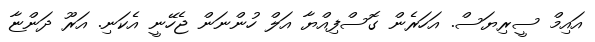
އައިމް ސީރިޔަސް. އަހަރެން ގޮސްފިއްޔާ އަލް ހުންނަން ޖެހޭނީ އެކަނި. އަރޫ ދަންޏާ